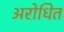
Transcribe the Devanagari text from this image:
अरोधित